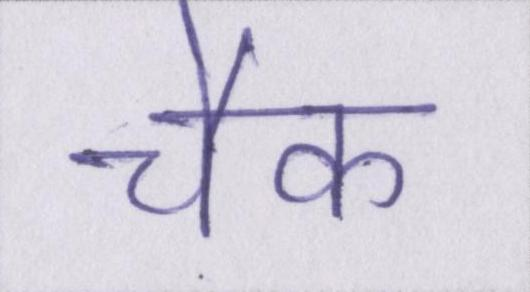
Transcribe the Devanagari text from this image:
चैक